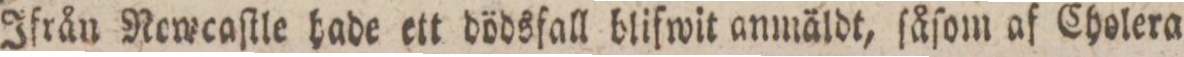
Ifrån Newcaſtle hade ett dödsfall blifwit anmäldt, ſåſom af Cholera